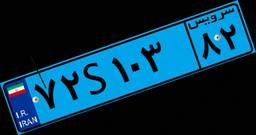
۷۴S۸۶۰۱۴